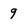
Character: 9